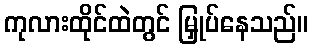
ကုလားထိုင်ထဲတွင် မြှုပ်နေသည်။